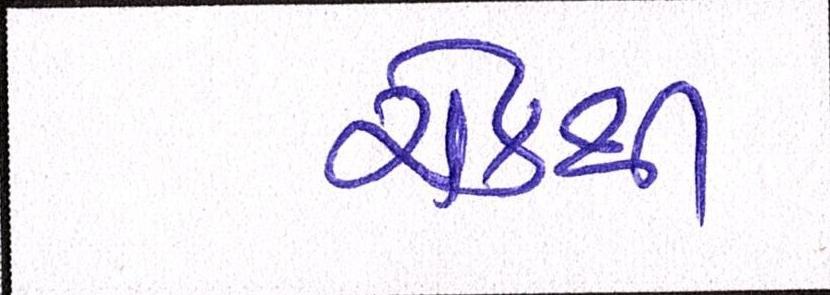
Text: ચેકથી